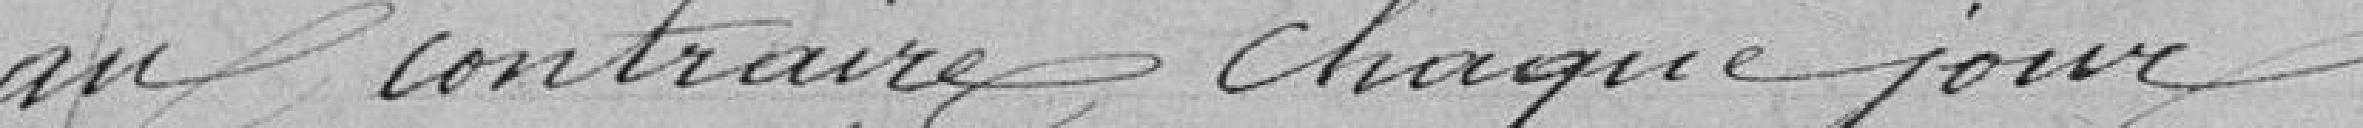
au contraire chaque jour.